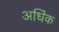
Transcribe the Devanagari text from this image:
अधिंक